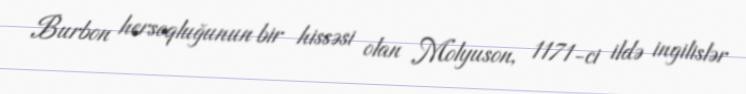
Burbon hersoqluğunun bir hissəsi olan Molyuson, 1171-ci ildə ingilislər